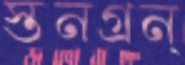
স্তনগ্রন্